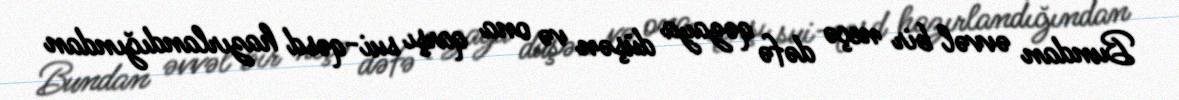
Bundan əvvəl bir neçə dəfə qəzaya düşən və ona qarşı sui-qəsd hazırlandığından